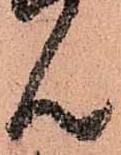
ん